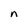
Character: n